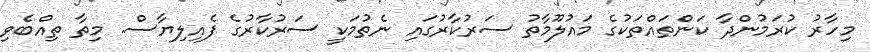
މިހާރު ކުރަމުންދާ ކަންތައްތަކުގެ މައުލޫމާތު ސަރުކާރުގައި ނެތުމަކީ ސަރުކާރުގެ ފެއިލިޔާސް. މިތާ ތިއްބެވި